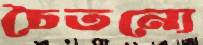
চৈতন্যে